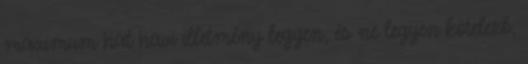
maximum hat havi illetmény legyen, és ne legyen kötelező,